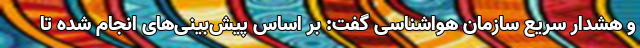
و هشدار سریع سازمان هواشناسی گفت: بر اساس پیش‌بینی‌های انجام شده تا